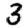
Digit: 3